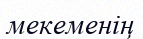
мекеменің